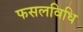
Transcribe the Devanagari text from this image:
फसलविधि